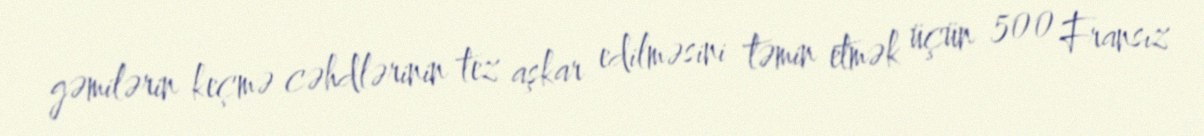
gəmilərin keçmə cəhdlərinin tez aşkar edilməsini təmin etmək üçün 500 Fransız